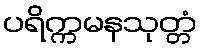
ပရိက္ကမနသုတ္တံ